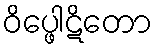
ဝိပ္ဖေါဋိတော